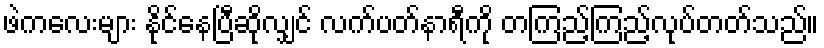
ဖဲကလေးများ နိုင်နေပြီဆိုလျှင် လက်ပတ်နာရီကို တကြည့်ကြည့်လုပ်တတ်သည်။